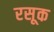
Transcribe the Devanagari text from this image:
रसूक